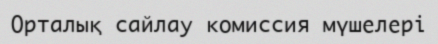
Орталық сайлау комиссия мүшелері